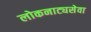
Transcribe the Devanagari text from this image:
लोकनाट्यसेवा